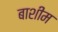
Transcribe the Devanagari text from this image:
बाशीम